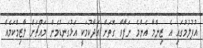
އުފުލުމުގައި އެ ޒިންމާ އެންމެ ނަފާވާ ގޮތަށް އަދާކުމަކީ އަޅުގަނޑުމެން މައްޗަށް ލާޒިމްކަމެއް